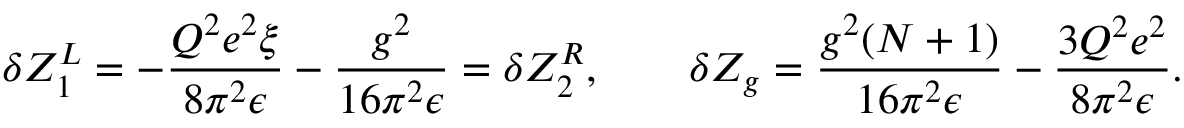
\delta Z _ { 1 } ^ { L } = - \frac { Q ^ { 2 } e ^ { 2 } \xi } { 8 \pi ^ { 2 } \epsilon } - \frac { g ^ { 2 } } { 1 6 \pi ^ { 2 } \epsilon } = \delta Z _ { 2 } ^ { R } , \qquad \delta Z _ { g } = \frac { g ^ { 2 } ( N + 1 ) } { 1 6 \pi ^ { 2 } \epsilon } - \frac { 3 Q ^ { 2 } e ^ { 2 } } { 8 \pi ^ { 2 } \epsilon } .